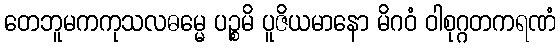
တေဘူမကကုသလဓမ္မေ ပဉ္စမိ ပူဇိယမာနော မိဂဝံ ဝါစုဂ္ဂတကရဏံ